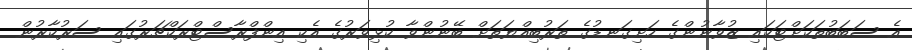
އެ ސަބަބުތަކަށްޓަކައި ޒުވާނުންގެ ހަށިގަނޑުގެ ތަރުބިއްޔަތަށް ބޭނުންވާ ކުޅިވަރުގެ އެކި އިންފްރާސްޓްރަކްޗަރުގައި ސަރުކާރުން